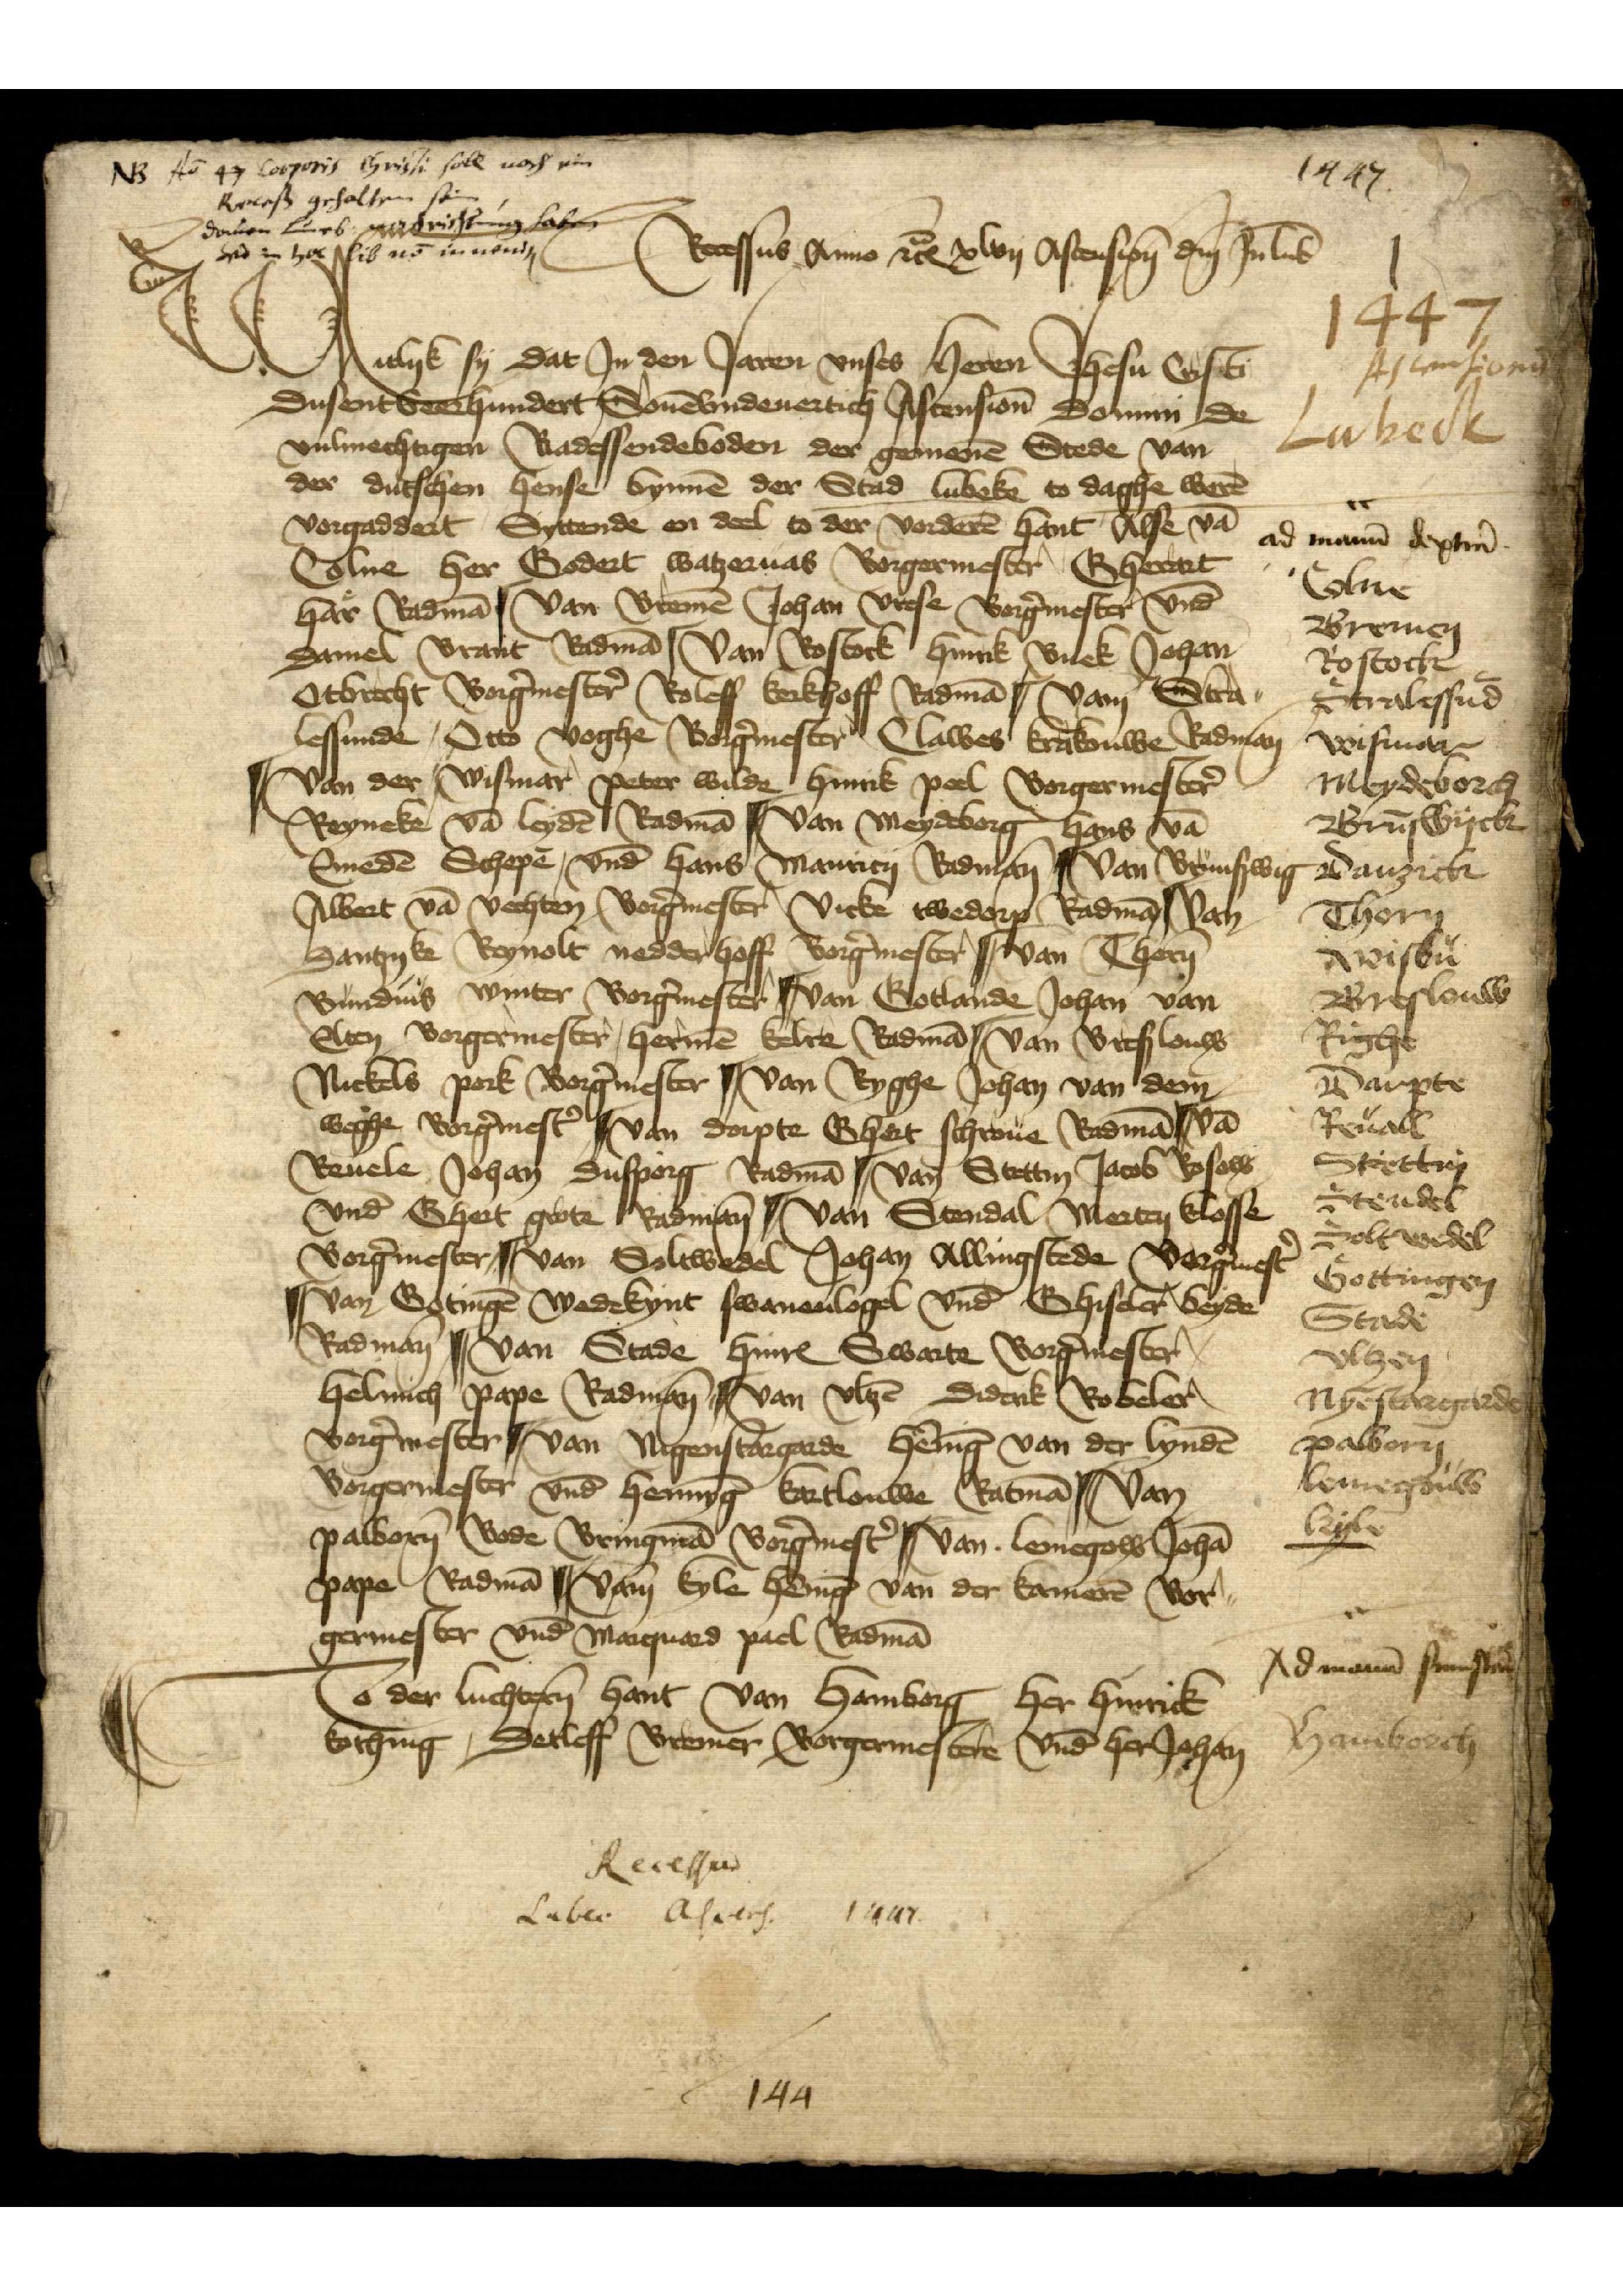
Ao 47 corporis Christi solte noch ein
Recess gehalten sein
danken Luneb verchristung haben
wo in hoc lib no innens

Recessus Anno et̉Ꝭ xlvij Ascension̄ dm̄ Jn Lub̄

1447

1447
Ascensionis
Lubeck

Witlyk sy dat Jn den Jaren vnses heren Jhesu Christi
Dusent veerhundert Souēvndeuertich Ascension̄ domini de
vulmechtigen Radessendeboden der gemenē Stede van
der dutschen hense bynnē der Stad Lubeke to daghe werē
vorgaddert Syttende en deel to der vorderē hant Alse vā
Colne her Godert Watzeruas Borgermester, Gherart
Har̉ Radmā | Van Bremē Johan Vrese Borg̉mester vnd
Damel Brant Radmā | Van Rostock Hinrik Buck Johan
Otbrecht Borg̉mester̉ Roleff Kerkhoff Radmā | van Stra¬
lessunde, Otto Voghe Borg̉mester Clawes Krakouwe Radman
Van der Wismar Peter Wilde Hinrik Poel Borgermester̉
Reyneke vā Leydē Radmā | van Meydeborg Hans vā
Emedē Schepē, vnd Hans Mauricy Radman | Van Brunswig
Albert vā Vechten Borg̉mester Vicke twedorp Radmā van
Dantzyke Reynolt nedderhoff Borg̉mester | van Thorn
Bunduis Winter Borg̉mester | van Gotlande Johan van
Elten Borgermester Hermē Kelte Radmā | van Bresslouw
Nickels Pork Borg̉mester || van Ryghe Johan van dem
Weghe Borg̉mest̉ | van Dorpte Ghert Schroue Radmā | Vā
Reuele Johan Dusporg Radmā || van Stettin Jacob Rosow
vnd Ghert Grote Radman || van Stendal Merten Klosse
Borg̉mester || van Saltwedel Johan Allingstede Borg̉mest̉
| van Gotingē Wedekynt Swanenlogel vnd Ghiseler beyde
Radman̄ || van Stade HinrꝬ Swarte Borg̉mester
Helmich Pape Radman | van Vlzē Diderik Robeler
Borg̉mester || van Nigenstargarde Hēnīg van der Lyndē
Borgermester vnd Hennȳg Kartlouwe Ratmā | Van
Palborn Bode Bringmā Borg̉mest̉ | van Lemegow Johā
Pape Radmā | Vam̄ Kyle Hēnīg van der Kamerē Bor¬
germester vnd Maguard Pael Radmā
To der luchten hant van Hamborg her Hinrick
Koching Detleff Bremer Borgermestere vnd Johan

Recessus
Lubic Ascens. 1447
144

ad mann dextiu
Colne
Bremen
Rostock
Stralessūd
Wismar
Meydeborch
Brūswick
Danzick
Thorn
Wisbu
Breslouw
Righe
Darpte
Reuall
Stettin
Stendal
Soltwedel
Gottingen
Stade
Vlzen
Nyestargarde
Palborn
Lemegouw
Kyle

Ad mann sunsten

Hamborch